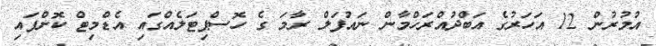
އުމުރުން 12 އަހަރުގެ އަބްދުއްރަހްމާން ނައުފަލް ރާމަ ގެ ހޮސްޕިޓަލެއްގައި އެޑްމިޓް ކޮށްފައި